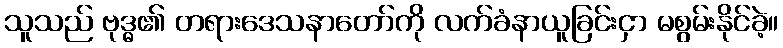
သူသည် ဗုဒ္ဓ၏ တရားဒေသနာတော်ကို လက်ခံနာယူခြင်းငှာ မစွမ်းနိုင်ခဲ့။